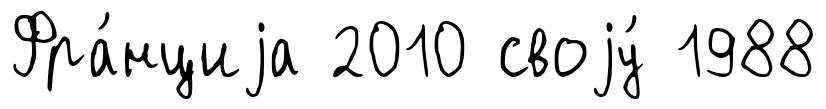
Фра́нциjа 2010 своjу́ 1988